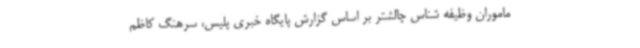
ماموران وظیفه شناس چالشتر بر اساس گزارش پایگاه خبری پلیس، سرهنگ کاظم